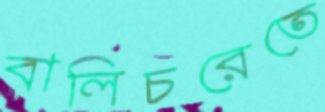
বালিচরেতে